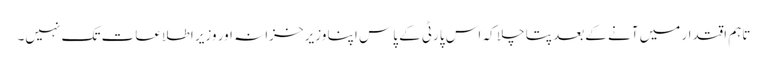
تاہم اقتدار میں آنے کےبعد پتا چلا کہ اس پارٹی کے پاس اپنا وزیر خزانہ اور وزیر اطلاعات تک نہیں۔